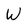
Character: W